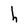
Character: h